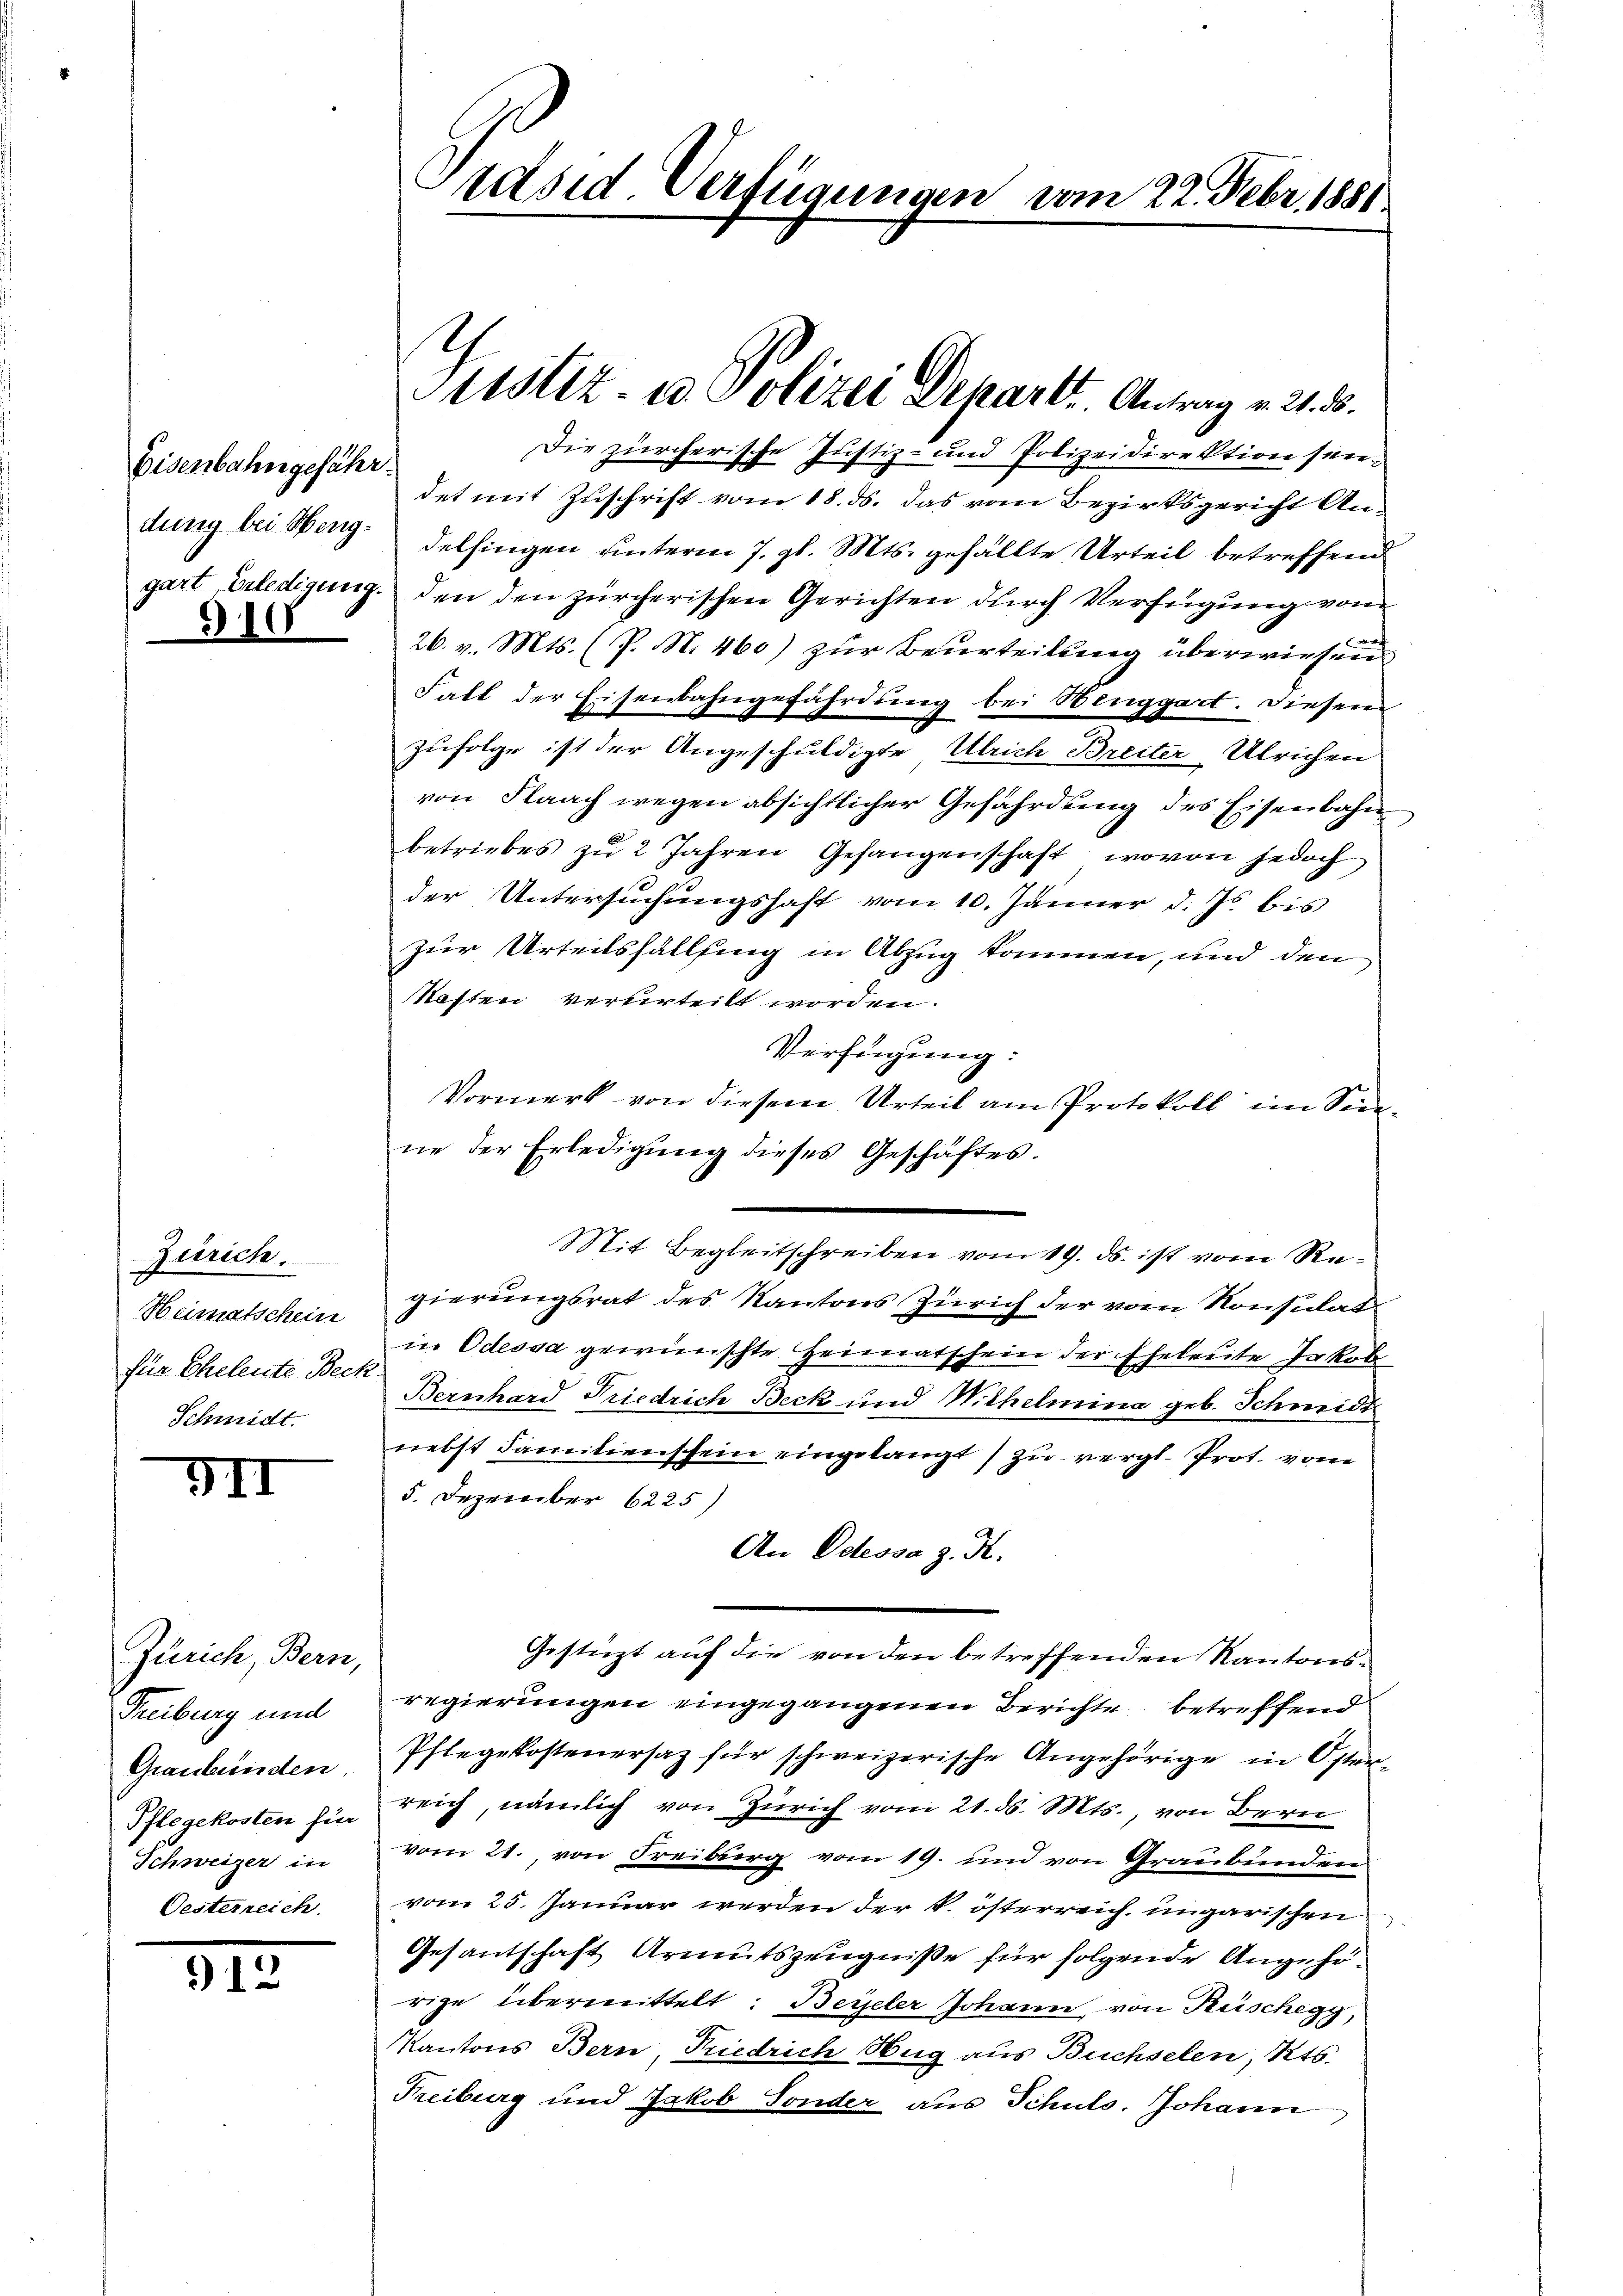
Eisenbahngefähr.
G10

VII

Zisrich.
Heimatschein
für Eheleute Beck.
Schmidt.

Zürich, Bern,
Treiburg und
Graubünden.
Schweizer in
Oesterreich.

912

Die zürcherische Justiz- und Polizeidirektion sein.
det mit Zuschrift vom 18. ds. das vom Bezirksgericht Andung bei Werg. delfingen unterm 7. gl. Mts. gefällte Urteil betreffend
gart Erledigung den den zürcherischen Gerichten durch Verfügung vom
26. v. Mts. (P. N. 460) zur Beurteilung überwiesen
Fall der Eisenbahngefährdung bei Henggart. Diesem
Zufolge ist der Angeschuldigte Ulrich Breiter Ulrichen
von Flaach wegen absichtlicher Gefährdung des Eisenbahn
betriebes zŭ 2 Jahren Gefangenschaft, wovon jedoch
der Untersuchungshaft vom 10. Jänner d. Js. bis
zur Urteilsfällung in Abzug kommen, und den
Kosten verurteilt worden.
Verfügung:
Vormerk von diesem Urteil am Protokoll im Sonene der Erledigung dieses Geschäftes.
Mit Begleitschreiben vom 19. ds. ist vom Regierungsrat des Kantons Zürich der vom Konsulat
in Odessa gewünschte Heimatschein der Eheleute Jakob
Bernhard Friedrich Beck und Wilhelmina geb. Schneidt
nebst Familienschein eingelangt zu vergl. Prot. vom
5. Dezember 6225)
An Odessa z. R.
Gestürzt auf die von den betreffenden Kantonsregierungen eingegangenen Berichte, betreffend
Pflegekostenersaz für schweizerische Angehörige in Öster-
Pflegekosten zu reich, nämlich von Zürich vom 21. ds. Mts., von Bern
vom 21., von Freiburg vom 19. und von Graubünden
vom 25. Januar werden der k. österreich ungarischen
Gesantschaft Armutszeugniße für folgende Angehörige übermittelt: Beieler Johann, von Frischegg,
Kantons Bern, Friedrich Hug aus Buchselen, Kts.
Freiburg und Jakob Sonder aus Schuls. Johann

Jadsid. Verfügungen vom 22. Febr. 1881.

d
Sistiz- u. Polizei Depart. Antrag v. 21. 8.